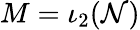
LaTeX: M=\iota_{2}(\mathcal{N})